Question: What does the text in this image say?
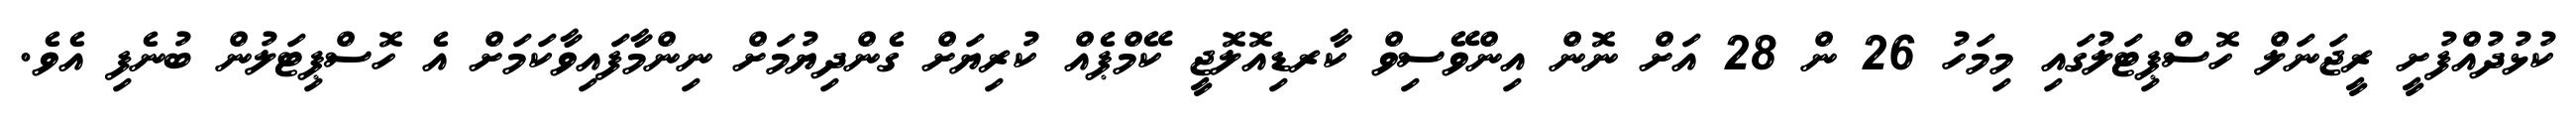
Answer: ކުޅުދުއްފުށީ ރީޖަނަލް ހޮސްޕިޓަލުގައި މިމަހު 26 ން 28 އަށް ނޮން އިންވޭސިވް ކާރޑިއޮލޮޖީ ކޭމްޕެއް ކުރިޔަށް ގެންދިޔުމަށް ނިންމާފައިވާކަމަށް އެ ހޮސްޕިޓަލުން ބުނެފި އެވެ.